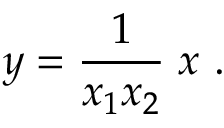
y = { \frac { 1 } { x _ { 1 } x _ { 2 } } } \; x \ .